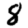
Digit: 8